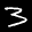
Label: 3